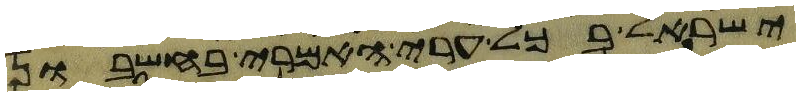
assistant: ישראל בכל ערי האמרי בחשבון